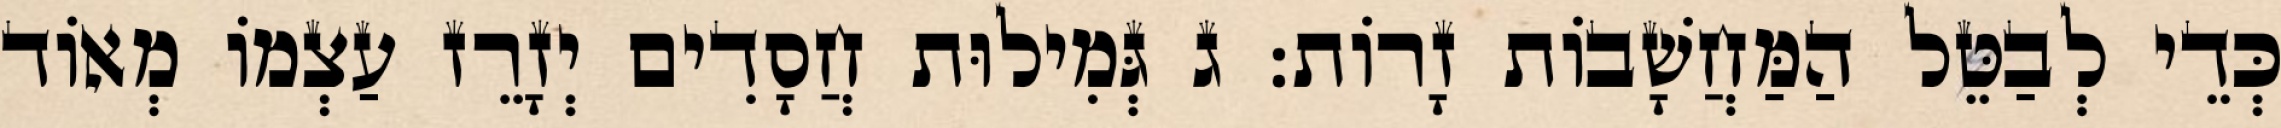
כְּדֵי לְבַטֵּל הַמַּחֲשָׁבוֹת זָרוֹת: ג גְּמִילוּת חֲסָדִים יְזָרֵז עַצְמוֹ מְאוֹד